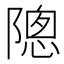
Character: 𬯗